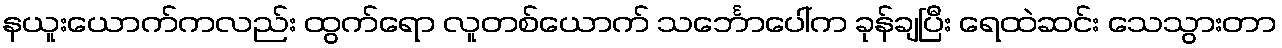
နယူးယောက်ကလည်း ထွက်ရော လူတစ်ယောက် သင်္ဘောပေါ်က ခုန်ချပြီး ရေထဲဆင်း သေသွားတာ